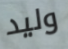
وليد